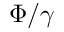
\Phi / \gamma